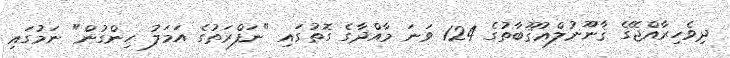
ދިވެހިރާއްޖޭގެ ޤާނޫނުލްޢުޤޫބާތުގެ 124 ވަނަ މާއްދާގެ ގޮތުގައި "ނަފްރަތުގެ އަމަލު ހިންގުން" ނަމުގައި